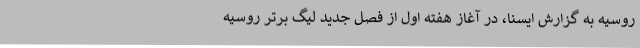
روسیه به گزارش ایسنا، در آغاز هفته اول از فصل جدید لیگ برتر روسیه